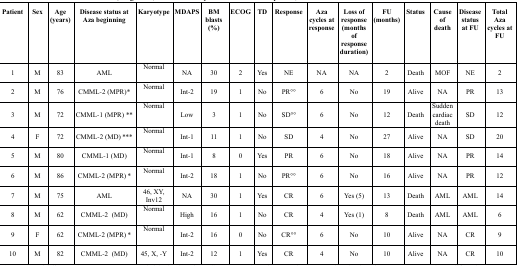
| Patient | Sex | Age (years) | Disease status at Aza beginning | Karyotype | MDAPS | BM blasts (%) | ECOG | TD | Response | Aza cycles at response | Loss of response (months of response duration) | FU (months) | Status | Cause of death | Disease status at FU | Total Aza cycles at FU |
 | --- | --- | --- | --- | --- | --- | --- | --- | --- | --- | --- | --- | --- | --- | --- | --- | --- |
 | 1 | M | 83 | AML | Normal | NA | 30 | 2 | Yes | NE | NA | NA | 2 | Death | MOF | NE | 2 |
 | 2 | M | 76 | CMML-2 (MPR)* | Normal | Int-2 | 19 | 1 | No | PR°° | 6 | No | 19 | Alive | NA | PR | 13 |
 | 3 | M | 72 | CMML-1 (MPR) ** | Normal | Low | 3 | 1 | No | SD°° | 6 | No | 12 | Death | Sudden cardiac death | SD | 12 |
 | 4 | F | 72 | CMML-2 (MD) *** | Normal | Int-1 | 11 | 1 | No | SD | 4 | No | 27 | Alive | NA | SD | 20 |
 | 5 | M | 80 | CMML-1 (MD) | Normal | Int-1 | 8 | 0 | Yes | PR | 6 | No | 18 | Alive | NA | PR | 14 |
 | 6 | M | 86 | CMML-2 (MPR) * | Normal | Int-2 | 18 | 1 | No | PR°° | 6 | No | 16 | Alive | NA | PR | 12 |
 | 7 | M | 75 | AML | 46, XY, Inv12 | NA | 30 | 1 | Yes | CR | 6 | Yes (5) | 13 | Death | AML | AML | 14 |
 | 8 | M | 62 | CMML-2 (MD) | Normal | High | 16 | 1 | No | CR | 4 | Yes (1) | 8 | Death | AML | AML | 6 |
 | 9 | F | 62 | CMML-2 (MPR) * | Normal | Int-2 | 16 | 0 | No | CR°° | 6 | No | 10 | Alive | NA | CR | 9 |
 | 10 | M | 82 | CMML-2 (MD) | 45, X, -Y | Int-2 | 12 | 1 | Yes | CR | 4 | No | 10 | Alive | NA | CR | 10 |